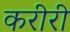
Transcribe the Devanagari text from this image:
करीरी